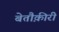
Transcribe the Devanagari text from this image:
बेतौक़ीरी